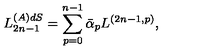
L _ { 2 n - 1 } ^ { ( A ) d S } = \sum _ { p = 0 } ^ { n - 1 } \bar { \alpha } _ { p } L ^ { ( 2 n - 1 , p ) } ,